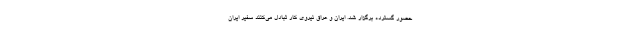
حضور گسترده برگزار شد. ایران و عراق نیروی کار تبادل می‌کنند سفیر ایران